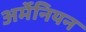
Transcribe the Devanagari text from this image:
अर्मेनियन